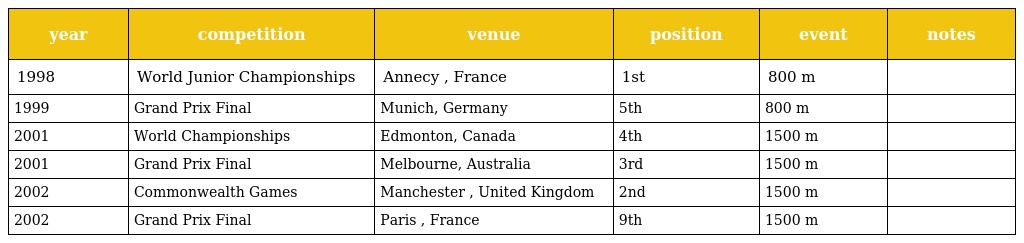
| year | competition | venue | position | event | notes |
 | --- | --- | --- | --- | --- | --- |
 | 1998 | World Junior Championships | Annecy , France | 1st | 800 m |  |
 | 1999 | Grand Prix Final | Munich, Germany | 5th | 800 m |  |
 | 2001 | World Championships | Edmonton, Canada | 4th | 1500 m |  |
 | 2001 | Grand Prix Final | Melbourne, Australia | 3rd | 1500 m |  |
 | 2002 | Commonwealth Games | Manchester , United Kingdom | 2nd | 1500 m |  |
 | 2002 | Grand Prix Final | Paris , France | 9th | 1500 m |  |